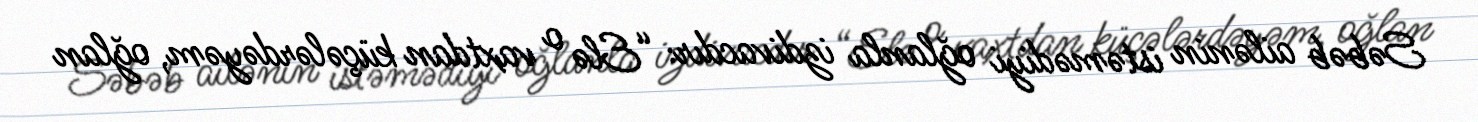
Səbəb ailənin istəmədiyi oğlanla izdivacdır: “Elə o vaxtdan küçələrdəyəm, oğlan